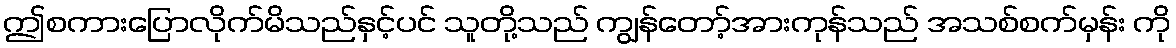
ဤစကားပြောလိုက်မိသည်နှင့်ပင် သူတို့သည် ကျွန်တော့်အားကုန်သည် အသစ်စက်မှန်း ကို